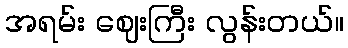
အရမ်း ဈေးကြီး လွန်းတယ်။